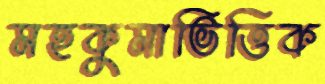
মহকুমাভিত্তিক